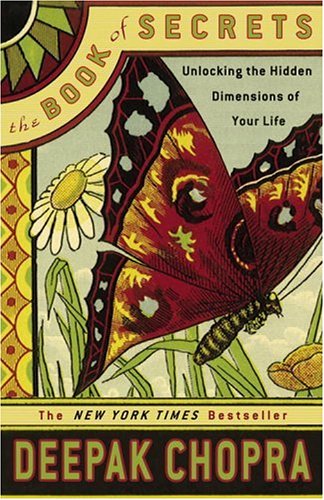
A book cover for The Book of Secrets: Unlocking the Hidden Dimensions of Your Life; Deepak Chopra; Self-Help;